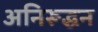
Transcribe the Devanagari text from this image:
अनिरूद्धन